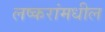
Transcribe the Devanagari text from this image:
लष्करांमधील